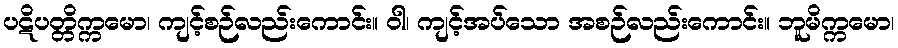
ပဋိပတ္တိက္ကမော၊ ကျင့်စဉ်လည်းကောင်း။ ဝါ၊ ကျင့်အပ်သော အစဉ်လည်းကောင်း။ ဘူမိက္ကမော၊